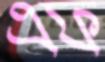
এফ